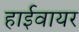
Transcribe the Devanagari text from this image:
हाईवायर